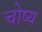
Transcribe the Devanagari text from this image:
चोष्‍य